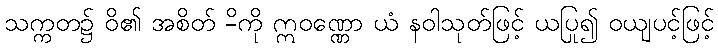
သက္ကတ၌ ဝိ၏ အစိတ် -ိကို ဣဝဏ္ဏော ယံ နဝါသုတ်ဖြင့် ယပြု၍ ဝယျပင့်ဖြင့်